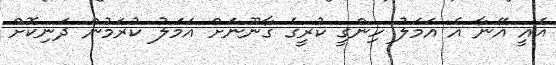
އެއީ އޭނާ އެ އަމަލު ހިންގީ ކުރީގެ ގާނޫނަށް އަމަލު ކުރަމުން ދަނިކޮށް